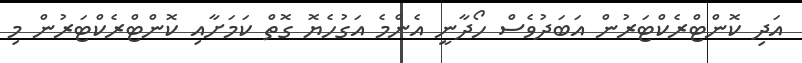
އަދި ކޮންޓްރެކްޓަރުން އަބަދުވެސް ހޯދާނީ އެންމެ އަގުހެޔޮ ގޮތް ކަމަށާއި ކޮންޓްރެކްޓަރުން މި